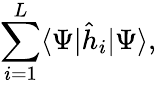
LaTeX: \sum_{i=1}^{L}\langle\Psi|\hat{h}_{i}|\Psi\rangle,